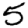
Digit: 5